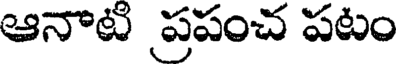
ఆనాటి ప్రపంచ పటం